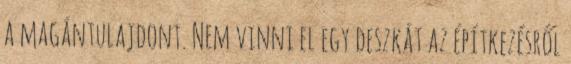
a magántulajdont. Nem vinni el egy deszkát az építkezésről